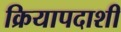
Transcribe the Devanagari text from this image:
क्रियापदाशी